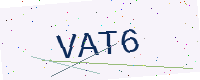
Text: VAT6